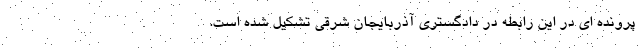
پرونده ای در این رابطه در دادگستری آذربایجان شرقی تشکیل شده است.